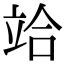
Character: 𥩻